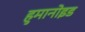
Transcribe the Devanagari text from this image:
हुमानोइड